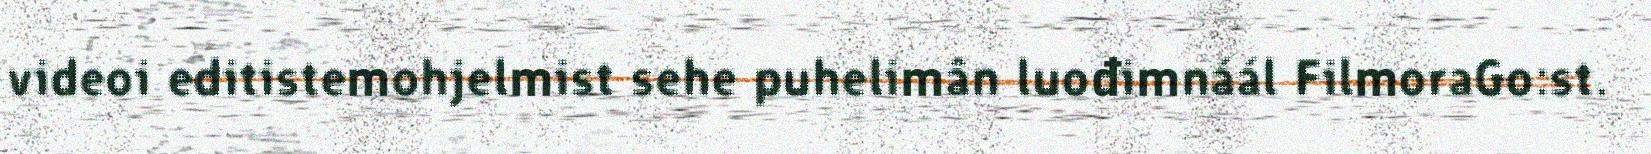
videoi editistemohjelmist sehe puhelimân luođimnáál FilmoraGo:st.